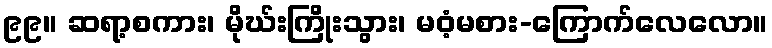
၉၉။ ဆရာ့စကား၊ မိုဃ်းကြိုးသွား၊ မဝံ့မစား-ကြောက်လေလော။